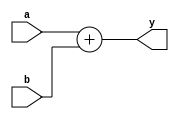
module adder #(parameter WIDTH = 32)(a, b, y);
    input   [WIDTH-1:0] a, b;
    output  [WIDTH-1:0] y;
    assign y = a + b;
endmodule